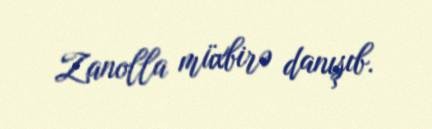
Zanolla müxbirə danışıb.